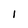
Character: 1